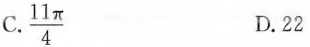
C.\frac{11π}{4} D.22